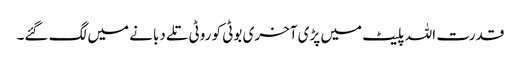
قدرت اللہ پلیٹ میں پڑی آخری بوٹی کو روٹی تلے دبانے میں لگ گئے۔